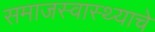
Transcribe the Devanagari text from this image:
समाजस्वास्थ्याचे